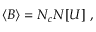
\langle B \rangle = N _ { c } N [ U ] \; ,